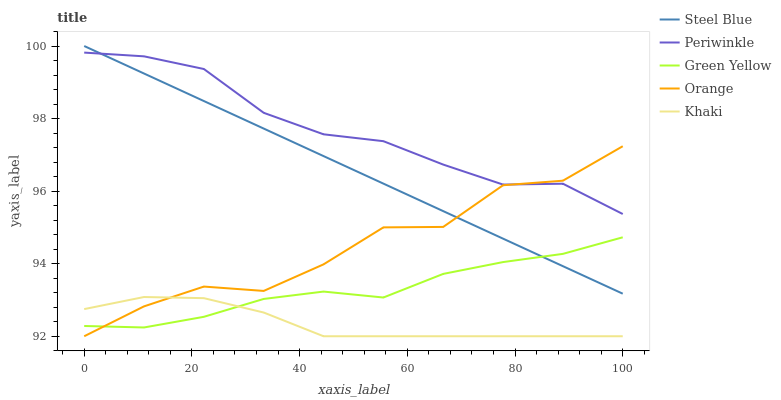
| xaxis_label | Steel Blue | Periwinkle | Green Yellow | Orange | Khaki |
 | --- | --- | --- | --- | --- | --- |
 | 0 | 100 | 99.8 | 92.3 | 92 | 92.7 |
 | 11.1 | 99.2 | 99.7 | 92.2 | 92.8 | 93.1 |
 | 22.2 | 98.5 | 99.4 | 92.5 | 93.4 | 93.1 |
 | 33.3 | 97.7 | 98.2 | 93 | 93.2 | 92.7 |
 | 44.4 | 97 | 97.6 | 93.2 | 94 | 92 |
 | 55.6 | 96.2 | 97.4 | 93.1 | 95 | 92 |
 | 66.7 | 95.4 | 96.7 | 93.7 | 95 | 92 |
 | 77.8 | 94.7 | 96.2 | 94 | 96.2 | 92 |
 | 88.9 | 93.9 | 96.2 | 94.3 | 96.3 | 92 |
 | 100 | 93.2 | 95.4 | 94.7 | 97.2 | 92 |